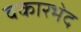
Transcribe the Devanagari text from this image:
वकारभेद